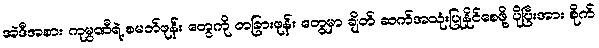
အဲဒီအစား ကုမ္ပဏီရဲ့ စမတ်ဖုန်း တွေကို တခြားဖုန်း တွေမှာ ချိတ် ဆက်အသုံးပြုနိုင်စေဖို့ ပိုပြီးအား စိုက်